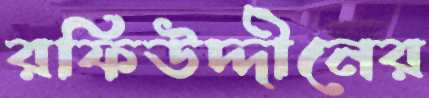
রফিউদ্দীনের